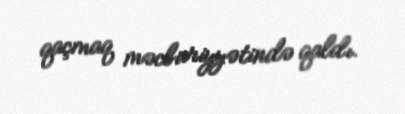
qaçmaq məcburiyyətində qaldı.